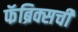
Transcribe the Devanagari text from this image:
फॅब्रिक्सची